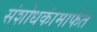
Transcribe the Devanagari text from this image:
संशोधकांमार्फत